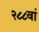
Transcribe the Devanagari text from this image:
२८८वां